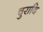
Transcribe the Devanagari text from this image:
चुरादि